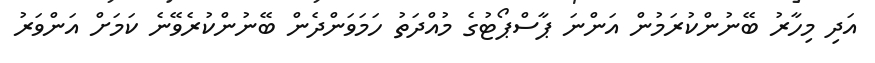
އަދި މިހާރު ބޭނުންކުރަމުން އަންނަ ޕާސްޕޯޓުގެ މުއްދަތު ހަމަވަންދެން ބޭނުންކުރެވޭނެ ކަމަށް އަންވަރު